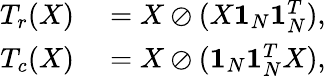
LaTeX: \begin{array}{rl}{T_{r}(X)}&{{}=X\oslash(X\mathbf{1}_{N}\mathbf{1}_{N}^{T}),}\\ {T_{c}(X)}&{{}=X\oslash(\mathbf{1}_{N}\mathbf{1}_{N}^{T}X),}\end{array}